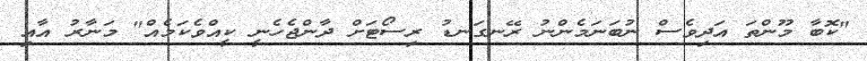
"ކޮބާ މޫންތަ އަދިވެސް ނުބަނަމެންނު ރޭނގަނޑު ރިސޯޓަށް ދާންޖެހެނީ ކީއްވެކަމެއް" މަނާރު އާއި